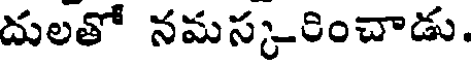
దులతో నమస్కరించాడు.